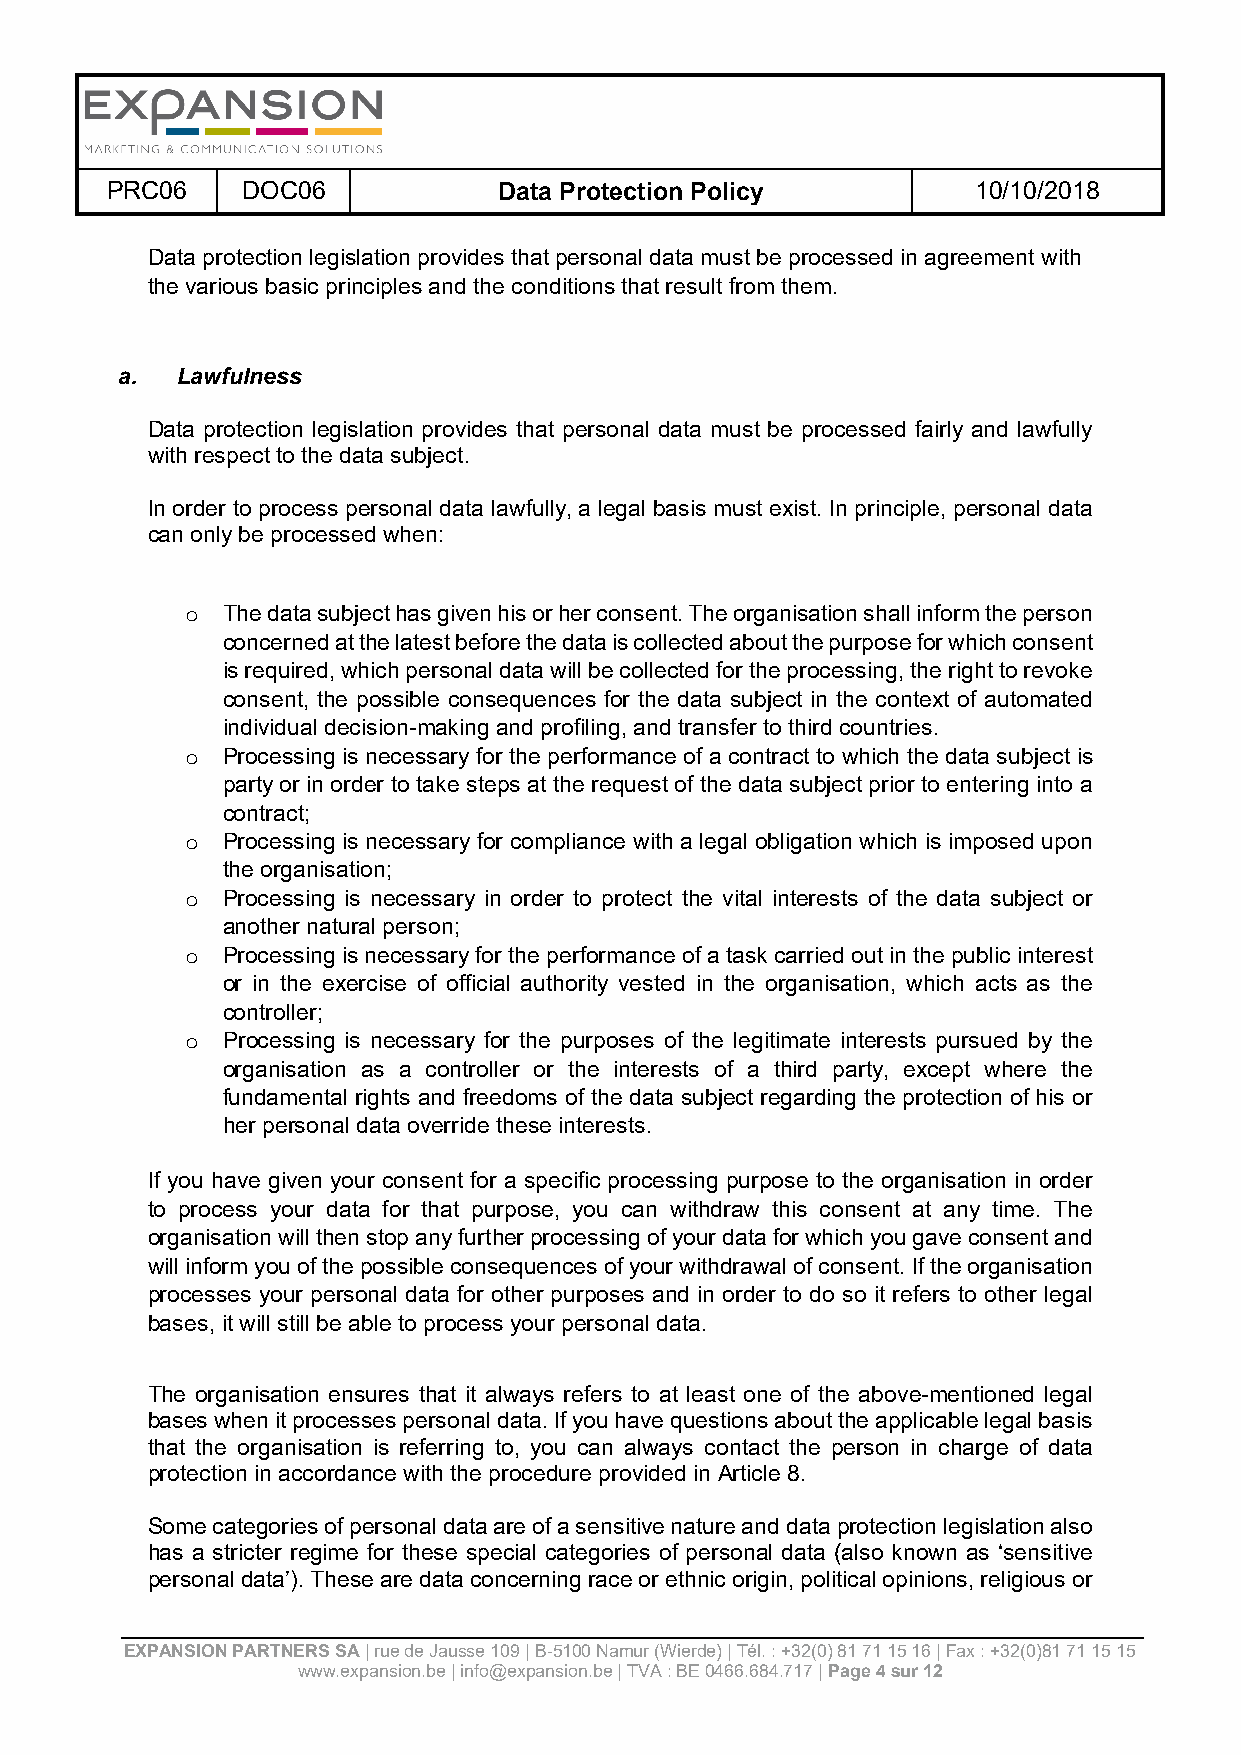
PRC06    DOC06            Data Protection Policy         10/10/2018
 Data protection legislation provides that personal data must be processed in agreement with
 the various basic principles and the conditions that result from them.
 a.  Lawfulness
 Data protection legislation provides that personal data must be processed fairly and lawfully
 with respect to the data subject.
 In order to process personal data lawfully, a legal basis must exist. In principle, personal data
 can only be processed when:
 The data subject has given his or her consent. The organisation shall inform the person
 o
 concerned at the latest before the data is collected about the purpose for which consent
 is required, which personal data will be collected for the processing, the right to revoke
 consent, the possible consequences for the data subject in the context of automated
 individual decision-making and profiling, and transfer to third countries.
 Processing is necessary for the performance of a contract to which the data subject is
 o
 party or in order to take steps at the request of the data subject prior to entering into a
 contract;
 Processing is necessary for compliance with a legal obligation which is imposed upon
 o
 the organisation;
 Processing is necessary in order to protect the vital interests of the data subject or
 o
 another natural person;
 Processing is necessary for the performance of a task carried out in the public interest
 o
 or in the exercise of official authority vested in the organisation, which acts as the
 controller;
 Processing is necessary for the purposes of the legitimate interests pursued by the
 o
 organisation as a controller or the interests of a third party, except where the
 fundamental rights and freedoms of the data subject regarding the protection of his or
 her personal data override these interests.
 If you have given your consent for a specific processing purpose to the organisation in order
 to process your data for that purpose, you can withdraw this consent at any time. The
 organisation will then stop any further processing of your data for which you gave consent and
 will inform you of the possible consequences of your withdrawal of consent. If the organisation
 processes your personal data for other purposes and in order to do so it refers to other legal
 bases, it will still be able to process your personal data.
 The organisation ensures that it always refers to at least one of the above-mentioned legal
 bases when it processes personal data. If you have questions about the applicable legal basis
 that the organisation is referring to, you can always contact the person in charge of data
 protection in accordance with the procedure provided in Article 8.
 Some categories of personal data are of a sensitive nature and data protection legislation also
 has a stricter regime for these special categories of personal data (also known as ‘sensitive
 personal data’). These are data concerning race or ethnic origin, political opinions, religious or
 EXPANSION PARTNERS SA | rue de Jausse 109 | B-5100 Namur (Wierde) | Tél. : +32(0) 81 71 15 16 | Fax : +32(0)81 71 15 15
 www.expansion.be | info@expansion.be | TVA : BE 0466.684.717 | Page 4 sur 12